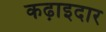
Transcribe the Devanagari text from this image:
कढ़ाइदार